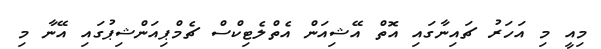
މިއީ މި އަހަރު ޗައިނާގައި އޮތް އޭޝިއަން އެތްލެޓިކްސް ޗެމްޕިއަންޝިޕުގައި އޭނާ މި